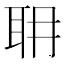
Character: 耼